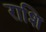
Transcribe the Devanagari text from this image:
राशि